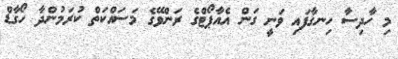
މި ހާދިސާ ހިނގާފައި ވަނީ ގަން އެއާޕޯޓްގެ ރަންވޭގެ މަަސައްކަތް ކުރަމުންދާ ހޯގާޑް